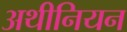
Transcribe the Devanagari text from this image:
अथीनियन